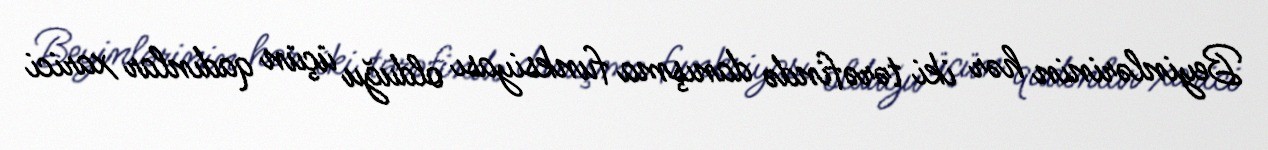
Beyinlərinin hər iki tərəfində danışma funksiyası olduğu üçün qadınlar xarici